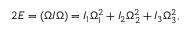
\begin{array} { r } { 2 E = ( \boldsymbol { \Omega } I \boldsymbol { \Omega } ) = I _ { 1 } \Omega _ { 1 } ^ { 2 } + I _ { 2 } \Omega _ { 2 } ^ { 2 } + I _ { 3 } \Omega _ { 3 } ^ { 2 } , } \end{array}